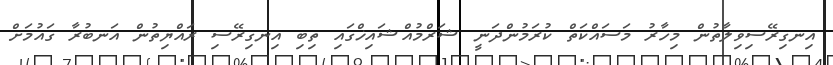
އިނގިރޭސިވިލާތުން މިހާރު މަސައްކަތް ކުރަމުންދަނީ ޝަރްމުއްޝައިޚްގައި ތިބި އިނގިރޭސި ރައްޔިތުން އަނބުރާ ގައުމަށް